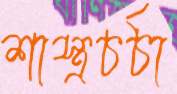
শাস্ত্রচর্চা